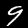
Digit: 9